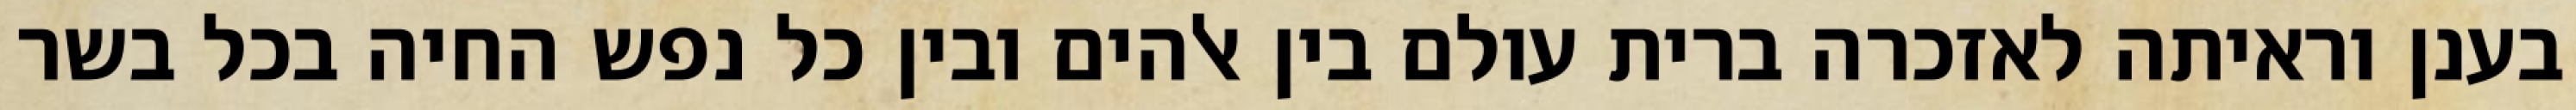
בענן וראיתה לאזכרה ברית עולם בין אלהים ובין כל נפש החיה בכל בשר